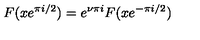
F ( x e ^ { \pi i / 2 } ) = e ^ { \nu \pi i } F ( x e ^ { - \pi i / 2 } )